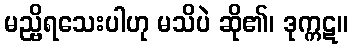
မည္ဗိရသေးပါဟု မသိပဲ ဆို၏၊ ဒုက္ကဋ။